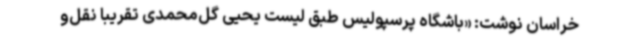
خراسان نوشت: «باشگاه پرسپولیس طبق لیست یحیی گل‌محمدی تقریبا نقل‌و